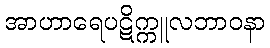
အာဟာရေပဋိက္ကူလဘာဝနာ